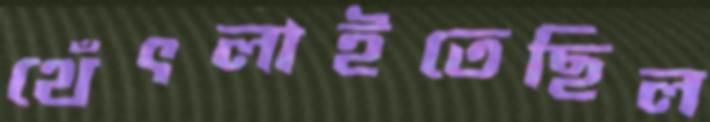
থেঁৎলাইতেছিল